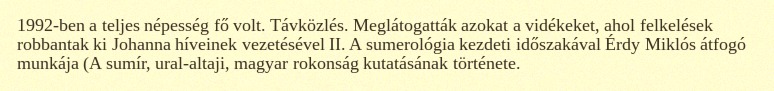
1992-ben a teljes népesség fő volt. Távközlés. Meglátogatták azokat a vidékeket, ahol felkelések robbantak ki Johanna híveinek vezetésével II. A sumerológia kezdeti időszakával Érdy Miklós átfogó munkája (A sumír, ural-altaji, magyar rokonság kutatásának története.